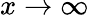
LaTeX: x\rightarrow\infty